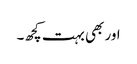
اور بھی بہت کچھ۔